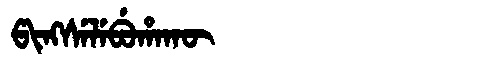
Manchu: ᡦᡳᠩᠰᡝᠯᡝᠪᡠᡥᠠᡴᡡ
Romanization: PINGSELEBUHAKŪ